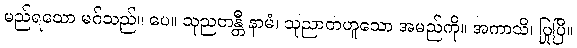
မည်ရသော မဂ်သည်။ ပေ။ သုညတန္တီ နာမံ၊ သုညာတဟူသော အမည်ကို။ အကာသိ၊ ပြုပြီ။